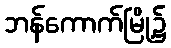
ဘန်ကောက်မြို့၌